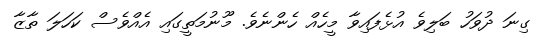
ގިނަ ދުވަހު ބަލިވެ އުޅެފައިވާ މީހެއް ހެންނެވެ. މޫނުމަތީގައި އެއްވެސް ކަހަލަ ތާޒާ